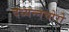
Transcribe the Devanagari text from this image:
दध्यन्नचोरो